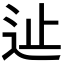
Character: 𨑭